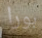
بورا